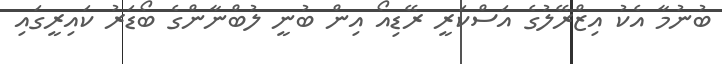
ބުނުމާ އެކު އިޒްރޭލުގެ އަސްކަރީ ރޭޑިއޯ އިން ބުނީ ލުބްނާންގެ ބޯޑަރު ކައިރީގައި